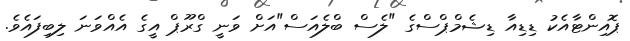
ޕޮއިންޓާއެކު ޑިޑިއާ ޑިޝެމްޕްސްގެ "ލެސް ބްލެއަސް"އަށް ވަނީ ގްރޫޕް އީގެ އެއްވަނަ ލިބިފައެވެ.